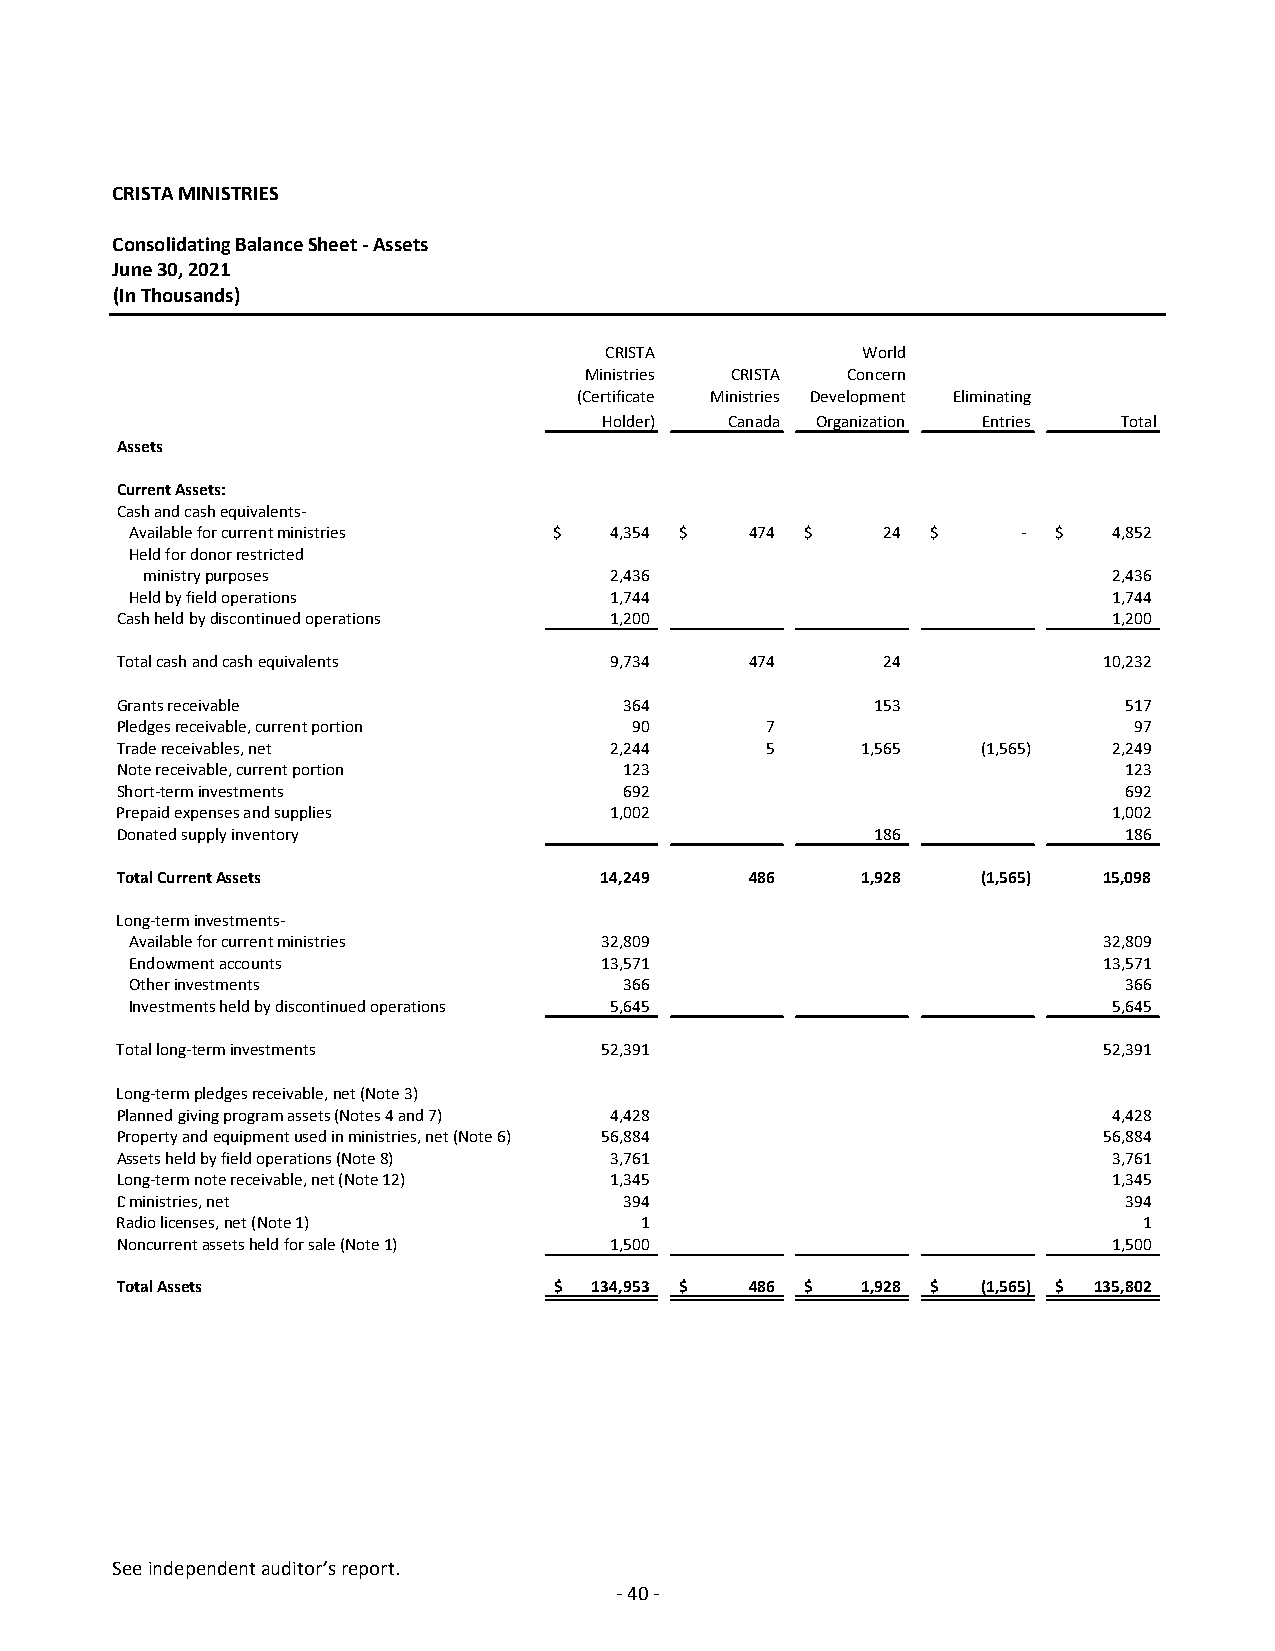
CRISTA MINISTRIES
 Consolidating Balance Sheet ‐ Assets
 June 30, 2021
 (In Thousands)
 CRISTA           World
 Ministries CRISTA Concern
 (Certificate Ministries Development Eliminating
 Holder) Canada Organization Entries Total
 Assets
 Current Assets:
 Cash and cash equivalents‐
 Available for current ministries $ 4,354 $ 474 $ 24  $     ‐ $   4,852
 Held for donor restricted
 ministry purposes              2,436                             2,436
 Held by field operations       1,744                             1,744
 Cash held by discontinued operations 1,200                        1,200
 Total cash and cash equivalents 9,734     474     2 4       ‐    10,232
 Grants receivable                364              153             517
 Pledges receivable, current portion 9 0    7                       9 7
 Trade receivables, net          2,244      5     1,565   (1,565)  2,249
 Note receivable, current portion 123                              123
 Short‐term investments           692                              692
 Prepaid expenses and supplies   1,002                             1,002
 Donated supply inventory           ‐              186             186
 Total Current Assets            14,249    486    1,928   (1,565) 15,098
 Long‐term investments‐
 Available for current ministries 32,809                         32,809
 Endowment accounts             13,571                           13,571
 Other investments               366                              366
 Investments held by discontinued operations 5,645                5,645
 Total long‐term investments     52,391     ‐       ‐        ‐    52,391
 Long‐term pledges receivable, net (Note 3) ‐                        ‐
 Planned giving program assets (Notes 4 and 7) 4,428               4,428
 Property and equipment used in ministries, net (Note 6) 56,884   56,884
 Assets held by field operations (Note 8) 3,761                    3,761
 Long‐term note receivable, net (Note 12) 1,345                    1,345
 Dministries, net                 394                              394
 Radio licenses, net (Note 1)      1                                 1
 Noncurrent assets held for sale (Note 1) 1,500                    1,500
 Total Assets                 $ 134,953 $  486 $  1,928 $ (1,565) $ 135,802
 See independent auditor’s report.
 ‐ 40 ‐